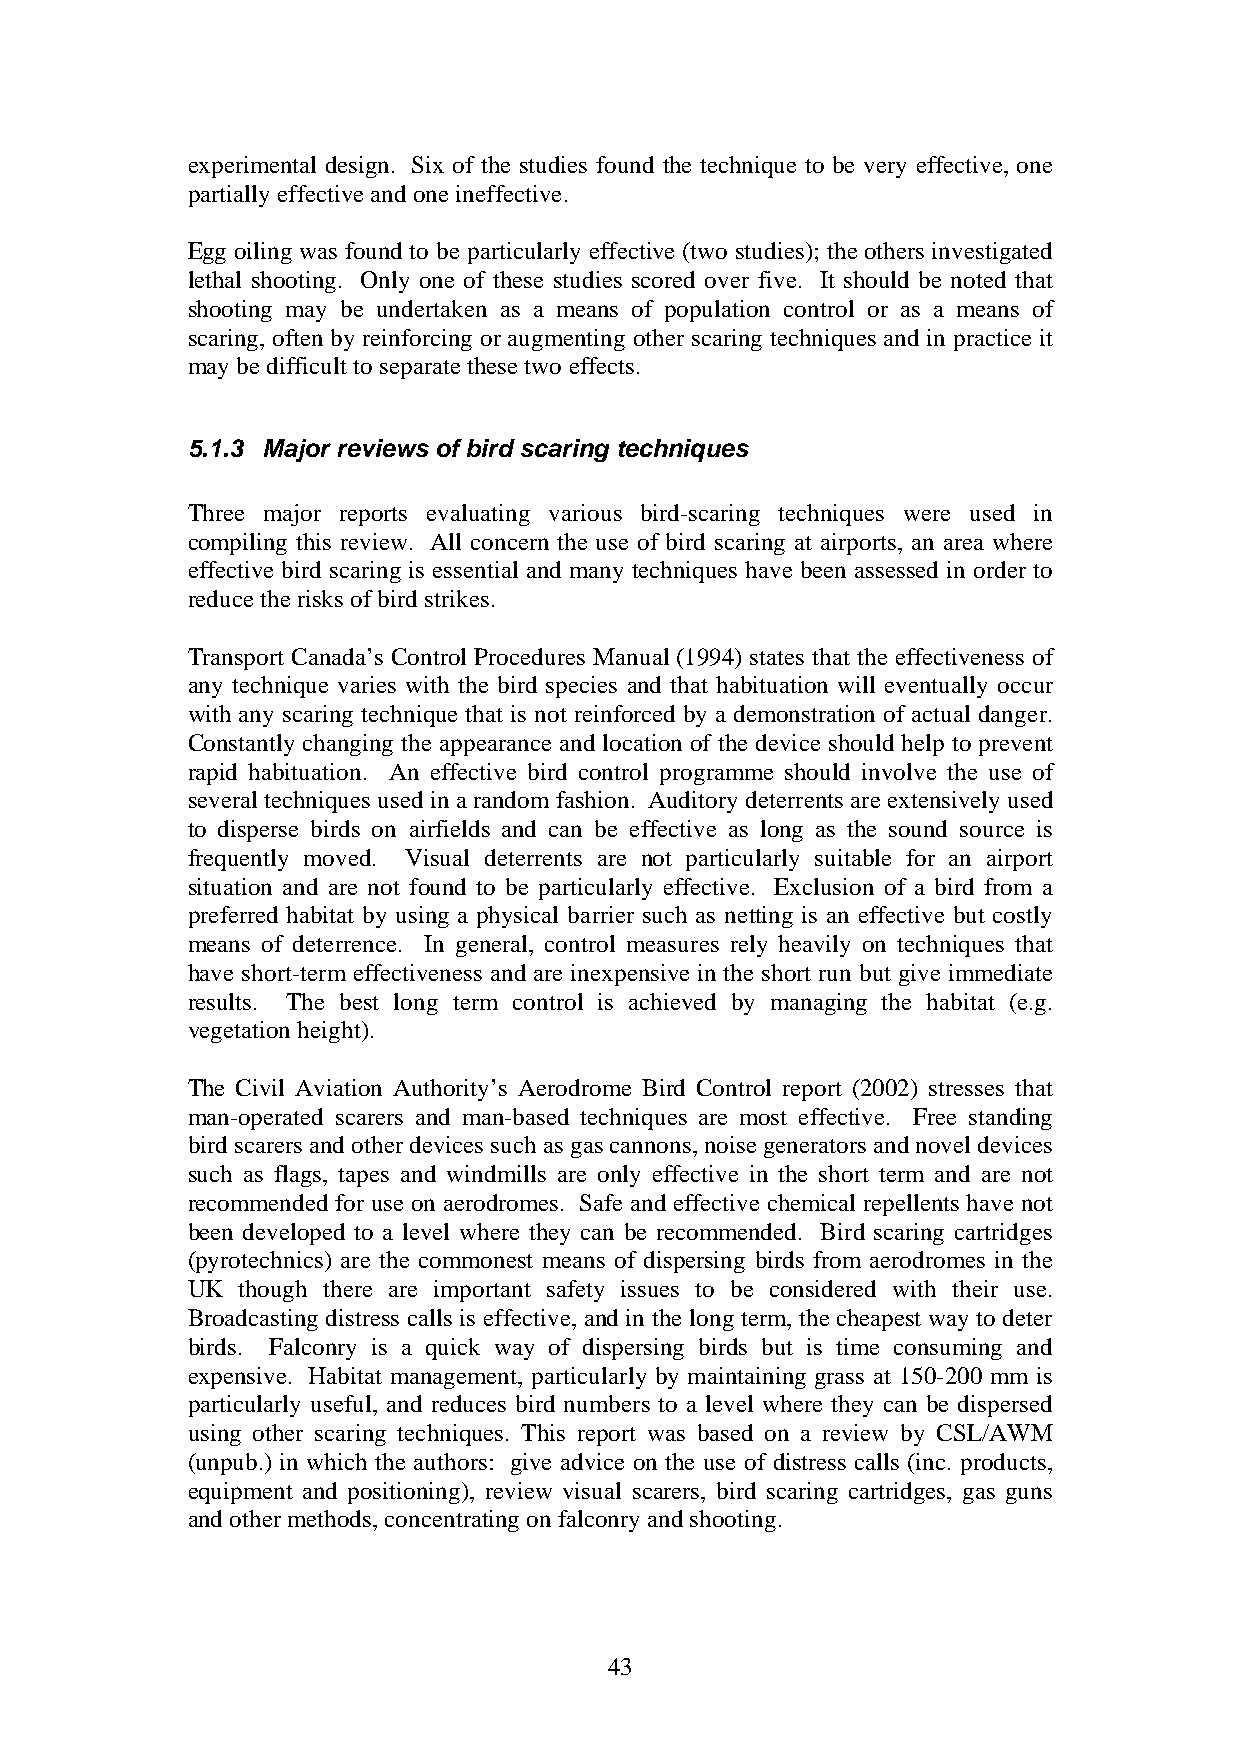
experimental design. Six of the studies found the technique to be very effective, one
 partially effective and one ineffective.
 Egg oiling was found to be particularly effective (two studies); the others investigated
 lethal shooting. Only one of these studies scored over five. It should be noted that
 shooting may be undertaken as a means of population control or as a means of
 scaring, often by reinforcing or augmenting other scaring techniques and in practice it
 may be difficult to separate these two effects.
 5.1.3 Major reviews of bird scaring techniques
 Three major reports evaluating various bird-scaring techniques were used in
 compiling this review. All concern the use of bird scaring at airports, an area where
 effective bird scaring is essential and many techniques have been assessed in order to
 reduce the risks of bird strikes.
 Transport Canada’s Control Procedures Manual (1994) states that the effectiveness of
 any technique varies with the bird species and that habituation will eventually occur
 with any scaring technique that is not reinforced by a demonstration of actual danger.
 Constantly changing the appearance and location of the device should help to prevent
 rapid habituation. An effective bird control programme should involve the use of
 several techniques used in a random fashion. Auditory deterrents are extensively used
 to disperse birds on airfields and can be effective as long as the sound source is
 frequently moved. Visual deterrents are not particularly suitable for an airport
 situation and are not found to be particularly effective. Exclusion of a bird from a
 preferred habitat by using a physical barrier such as netting is an effective but costly
 means of deterrence. In general, control measures rely heavily on techniques that
 have short-term effectiveness and are inexpensive in the short run but give immediate
 results. The best long term control is achieved by managing the habitat (e.g.
 vegetation height).
 The Civil Aviation Authority’s Aerodrome Bird Control report (2002) stresses that
 man-operated scarers and man-based techniques are most effective. Free standing
 bird scarers and other devices such as gas cannons, noise generators and novel devices
 such as flags, tapes and windmills are only effective in the short term and are not
 recommended for use on aerodromes. Safe and effective chemical repellents have not
 been developed to a level where they can be recommended. Bird scaring cartridges
 (pyrotechnics) are the commonest means of dispersing birds from aerodromes in the
 UK  though there are important safety issues to be considered with their use.
 Broadcasting distress calls is effective, and in the long term, the cheapest way to deter
 birds. Falconry is a quick way of dispersing birds but is time consuming and
 expensive. Habitat management, particularly by maintaining grass at 150-200 mm is
 particularly useful, and reduces bird numbers to a level where they can be dispersed
 using other scaring techniques. This report was based on a review by CSL/AWM
 (unpub.) in which the authors: give advice on the use of distress calls (inc. products,
 equipment and positioning), review visual scarers, bird scaring cartridges, gas guns
 and other methods, concentrating on falconry and shooting.
 43